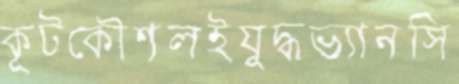
কূটকৌশলইযুদ্ধভ্যানসি